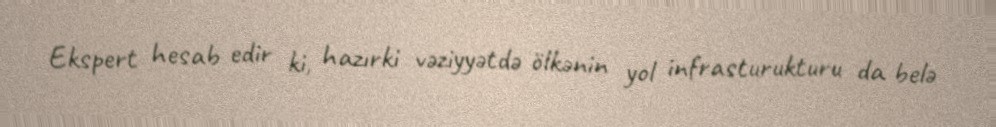
Ekspert hesab edir ki, hazırki vəziyyətdə ölkənin yol infrasturukturu da belə